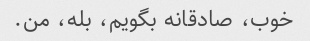
خوب، صادقانه بگویم، بله، من.